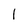
Character: 1